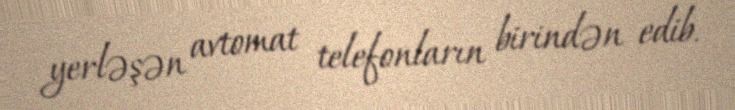
yerləşən avtomat telefonların birindən edib.